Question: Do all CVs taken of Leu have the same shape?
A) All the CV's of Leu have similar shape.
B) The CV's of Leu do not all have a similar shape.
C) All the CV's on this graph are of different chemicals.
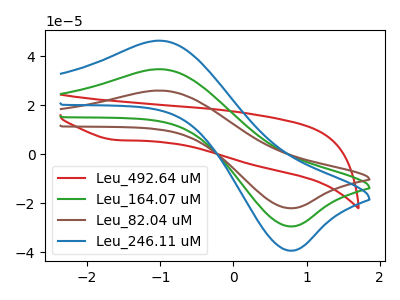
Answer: <think>The red curve "Leu_492.64 uM" has a cathodic peak at: (-1.60V, 5.75uA). The green curve "Leu_164.07 uM" has an anodic peak at (-1.00V, 34.70uA) and a cathodic peak at (0.75V, -29.50uA). The brown curve "Leu_82.04 uM" has an anodic peak at (-1.00V, 25.95uA) and a cathodic peak at (0.75V, -22.10uA). The blue curve "Leu_246.11 uM" has an anodic peak at (-1.00V, 69.40uA) and a cathodic peak at (0.75V, -59.00uA).
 "Leu_492.64 uM" and "Leu_164.07 uM" have a different number of peaks. "Leu_492.64 uM" and "Leu_82.04 uM" have a different number of peaks. "Leu_492.64 uM" and "Leu_246.11 uM" have a different number of peaks. All the peaks in "Leu_164.07 uM" have a peak in "Leu_82.04 uM" at the same potential. Every peak in "Leu_164.07 uM" is higher than every peak in "Leu_82.04 uM". All the peaks in "Leu_164.07 uM" have a peak in "Leu_246.11 uM" at the same potential. Every peak in "Leu_164.07 uM" is lower than every peak in "Leu_246.11 uM". All the peaks in "Leu_82.04 uM" have a peak in "Leu_246.11 uM" at the same potential. Every peak in "Leu_82.04 uM" is lower than every peak in "Leu_246.11 uM".</think>
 <answer>A) All the CV's of "Leu" have similar shape.</answer>
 <eval>A</eval>